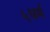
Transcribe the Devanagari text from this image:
५धर्म